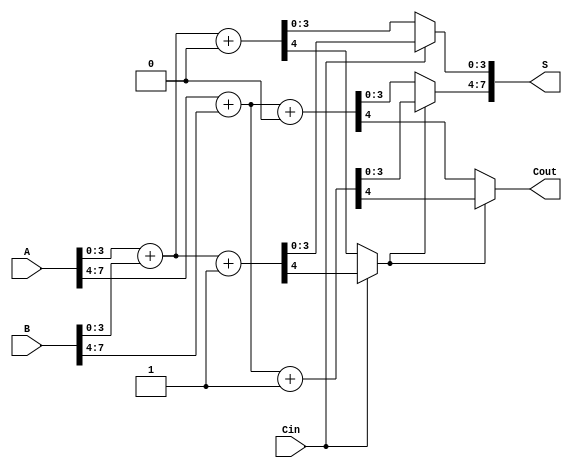
module CarrySelectAdder #(parameter N = 8, // Total number of bits
                          parameter M = 4) // Block size
(
    input  [N-1:0] A,      // First input
    input  [N-1:0] B,      // Second input
    input          Cin,     // Carry-in
    output [N-1:0] S,      // Sum output
    output         Cout     // Carry-out
);

    localparam NUM_BLOCKS = N / M; // Number of blocks
    wire [M-1:0] S0 [0:NUM_BLOCKS-1]; // Sums for carry-in 0
    wire [M-1:0] S1 [0:NUM_BLOCKS-1]; // Sums for carry-in 1
    wire Cout0 [0:NUM_BLOCKS-1];      // Carry-out for carry-in 0
    wire Cout1 [0:NUM_BLOCKS-1];      // Carry-out for carry-in 1
    wire [NUM_BLOCKS-1:0] carry;      // Carry signals between blocks

    // Generate sums and carry-outs for each block
    genvar i;
    generate
        for (i = 0; i < NUM_BLOCKS; i = i + 1) begin : block
            // Calculate the start and end indices for each block
            wire [M-1:0] A_block = A[M*i +: M];
            wire [M-1:0] B_block = B[M*i +: M];
            wire carry_in = (i == 0) ? Cin : carry[i-1];

            // Compute sums and carry-outs for carry-in 0
            assign {Cout0[i], S0[i]} = A_block + B_block + 1'b0;
            // Compute sums and carry-outs for carry-in 1
            assign {Cout1[i], S1[i]} = A_block + B_block + 1'b1;

            // Select the correct sum and carry-out based on the carry-in
            assign S[M*i +: M] = carry_in ? S1[i] : S0[i];
            assign carry[i] = carry_in ? Cout1[i] : Cout0[i];
        end
    endgenerate

    // Final carry-out
    assign Cout = carry[NUM_BLOCKS-1];

endmodule